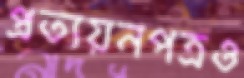
প্রত্যয়নপত্রও